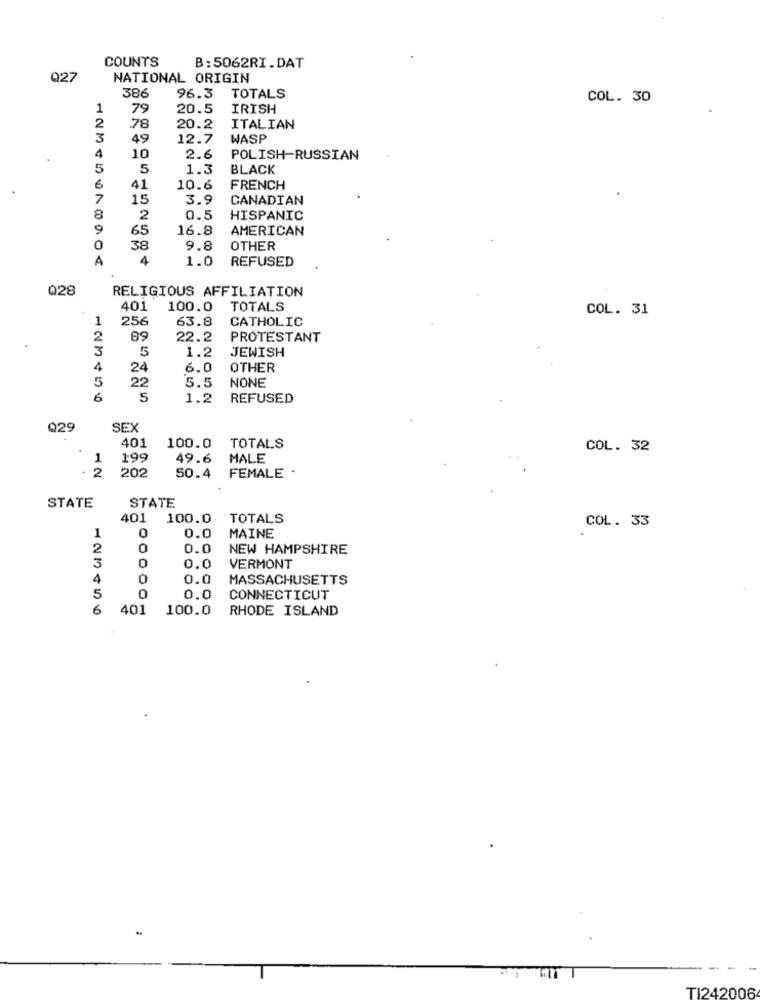
COUNTS
B:5062RI.DAT
027
NATIONAL ORIGIN
386
96.3
TOTALS
COL. 30
1
79
20.5
IRISH
2
78
20.2
ITALIAN
3
49
12.7
WASP
4
10
2.6
POLISH-RUSSIAN
5
5
1.3
BLACK
6
41
10.6
FRENCH
7
15
3.9
CANADIAN
8
2
0.5
HISPANIC
9
65
16.8
AMERICAN
0
38
9.8
OTHER
A
4
1.0
REFUSED
Q28
RELIGIOUS AFFILIATION
401
100.0
TOTALS
COL. 31
1
256
63.8
CATHOLIC
2
89
22.2
PROTESTANT
3
5
1.2
JEWISH
4
24
6.0
OTHER
5
22
NONE
5.5
6
5
1.2
REFUSED
029
SEX
401
100.0
TOTALS
COL. 32
1
199
49.6
MALE
. 2
202
FEMALE .
50.4
STATE
STATE
401
100.0. TOTALS
COL. 33
MAINE
1
0.0
2
0
0.0
NEW HAMPSHIRE
3
0.0
VERMONT
4
0.0
MASSACHUSETTS
5
0.0
CONNECTICUT
6
401
100.0
RHODE ISLAND
TI242006